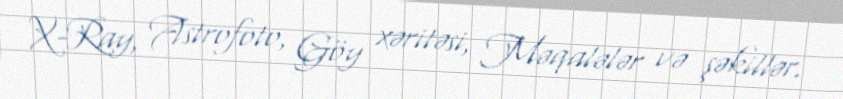
X-Ray, Astrofoto, Göy xəritəsi, Məqalələr və şəkillər.